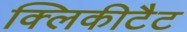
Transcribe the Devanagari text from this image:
क्लिकीटैट